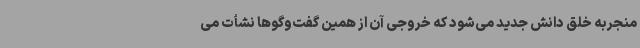
منجربه خلق دانش جدید می‌شود که خروجی آن از همین گفت‌وگوها نشأت می